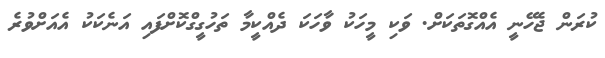
ކުރަން ޖެހޭނީ އެއްގޮތަކަށް. ވަކި މީހަކު ވާހަކަ ދެއްކީމާ ތަހުގީގްކޮށްފައި އަނެކަކު އެއަށްވުރެ